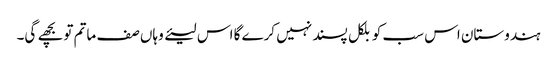
ہندوستان اس سب کو بلکل پسند نہیں کرے گا اس لیئے وہاں صف ماتم تو بچھے گی۔